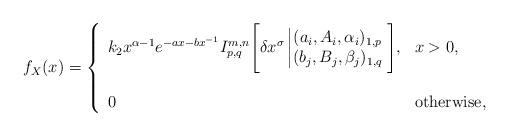
LaTeX: \begin{align*}f_X(x) =\left\{\begin{array}{ll} k_2x^{\alpha-1}e^{-ax-bx^{-1}}I^{m,n}_{p,q}\Bigg[\delta x^{\sigma}\left|\begin{matrix} (a_i,A_i,\alpha_i)_{1,p}\\ (b_j,B_j,\beta_j)_{1,q} \end{matrix}\right.\Bigg], & \mbox{} x>0,\\\\0 & \mbox{} \mathrm{otherwise},\end{array}\right.\end{align*}